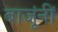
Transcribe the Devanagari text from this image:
बाजूंनीं